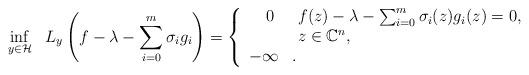
LaTeX: \begin{align*}\inf_{y \in \mathcal{H}} ~~ L_y\left(f - \lambda - \sum_{i=0}^m \sigma_i g_i\right) =\left\{\begin{array}{cl}\hphantom{-}0 & ~ f(z) - \lambda - \sum_{i=0}^m \sigma_i(z) g_i(z) = 0, \\& ~ z \in \mathbb{C}^n, \\- \infty & .\end{array}\right.\end{align*}